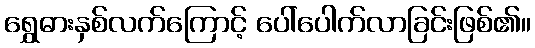
ရွှေဓားနှစ်လက်ကြောင့် ပေါ်ပေါက်လာခြင်းဖြစ်၏။